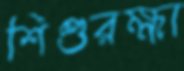
শিশুরক্ষা